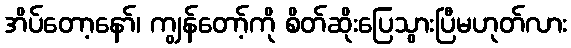
အိပ်တော့နော်၊ ကျွန်တော့်ကို စိတ်ဆိုးပြေသွားပြီမဟုတ်လား